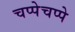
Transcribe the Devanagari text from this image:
चप्पेचप्पे